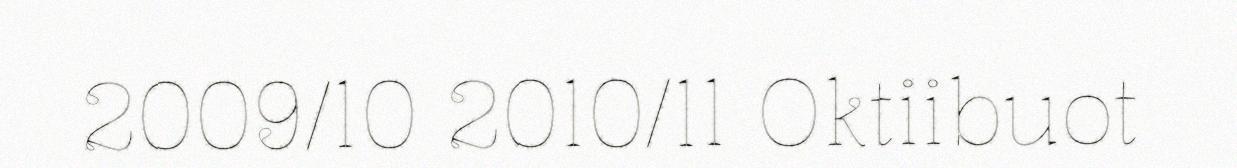
2009/10 2010/11 Oktiibuot